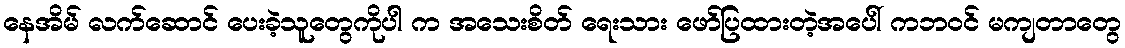
နေအိမ် လက်ဆောင် ပေးခဲ့သူတွေကိုပါ က အသေးစိတ် ရေးသား ဖော်ပြထားတဲ့အပေါ် ကဘဝင် မကျတာတွေ